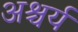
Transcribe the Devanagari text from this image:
अश्चर्य